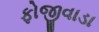
ફોજીવાડા